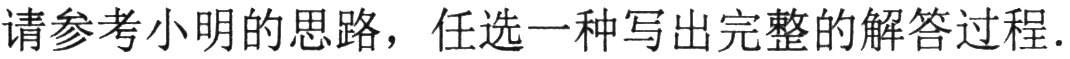
请参考小明的思路，任选一种写出完整的解答过程.